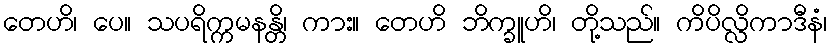
တေဟိ၊ ပေ။ သပရိက္ကမနန္တိ၊ ကား။ တေဟိ ဘိက္ခူဟိ၊ တို့သည်။ ကိပိလ္လိကာဒီနံ၊